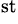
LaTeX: ^{\textrm{st}}